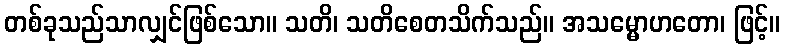
တစ်ခုသည်သာလျှင်ဖြစ်သော။ သတိ၊ သတိစေတသိက်သည်။ အသမ္မောဟတော၊ ဖြင့်။